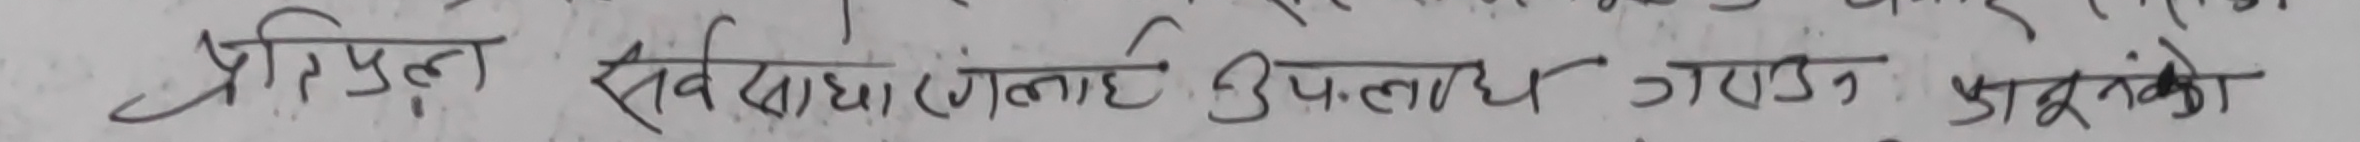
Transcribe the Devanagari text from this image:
प्रतिपल सर्वसाधारणलाई उत्पादन गराउन कानुनको